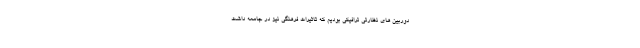
دوربین های نظارتی ترافیکی بودیم که تاثیرات فرهنگی نیز در جامعه داشت